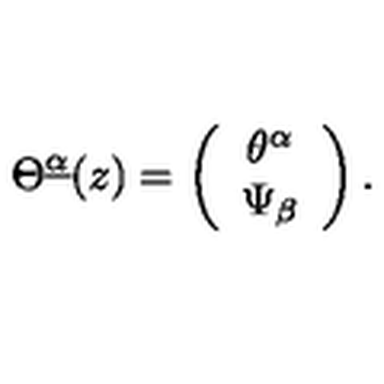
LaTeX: \Theta ^ { \underline { \alpha } } ( z ) = \left( \begin{array} { c } { \theta ^ { \alpha } } \\ { \Psi _ { \beta } } \\ \end{array} \right) .